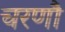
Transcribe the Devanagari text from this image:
चरणौ